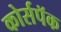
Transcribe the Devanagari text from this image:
कोर्सपॅक